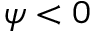
\psi < 0